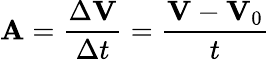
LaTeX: \mathbf{A}={\frac{\Delta\mathbf{V}}{\Delta t}}={\frac{\mathbf{V}-\mathbf{V}_{0}}{t}}